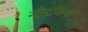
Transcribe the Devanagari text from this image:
नौटंकियां